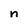
Character: n